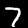
Digit: 7